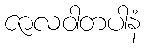
ဇာလဝါတပါနံ